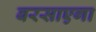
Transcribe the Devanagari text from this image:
बरसाएगा